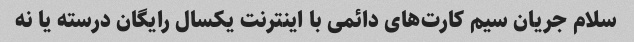
سلام جریان سیم کارت‌های دائمی با اینترنت یکسال رایگان درسته یا نه